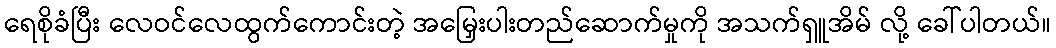
ရေစိုခံပြီး လေဝင်လေထွက်ကောင်းတဲ့ အမြှေးပါးတည်ဆောက်မှုကို အသက်ရှူအိမ် လို့ ခေါ်ပါတယ်။